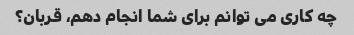
چه کاری می توانم برای شما انجام دهم، قربان؟